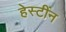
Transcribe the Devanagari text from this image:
हेस्टींन